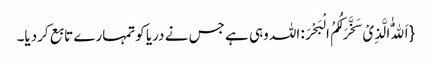
{اَللّٰهُ الَّذِیْ سَخَّرَ لَکُمُ الْبَحْرَ: اللہ وہی ہے جس نے دریا کوتمہارے تابع کردیا۔